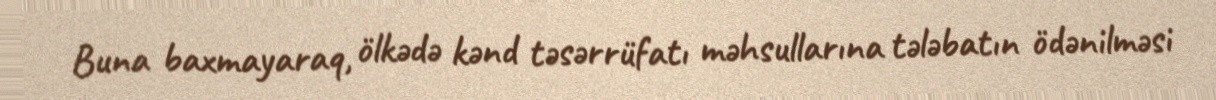
Buna baxmayaraq, ölkədə kənd təsərrüfatı məhsullarına tələbatın ödənilməsi